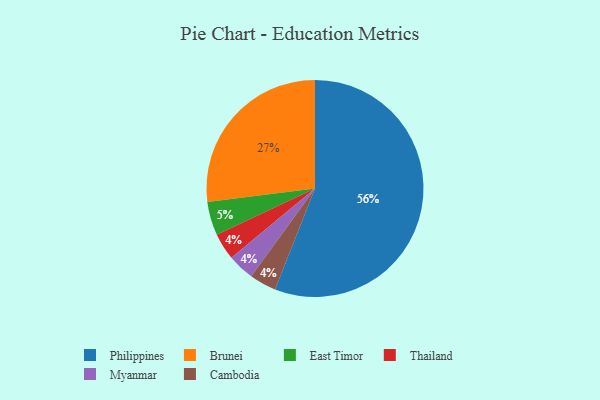
{"axis": {"x": "Category", "y": "Percentage"}, "legend": ["Brunei", "Cambodia", "East Timor", "Myanmar", "Philippines", "Thailand"], "data": [{"x": "Thailand", "y": 4, "type": "Thailand"}, {"x": "East Timor", "y": 5, "type": "East Timor"}, {"x": "Brunei", "y": 27, "type": "Brunei"}, {"x": "Myanmar", "y": 4, "type": "Myanmar"}, {"x": "Philippines", "y": 56, "type": "Philippines"}, {"x": "Cambodia", "y": 4, "type": "Cambodia"}]}